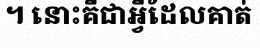
។ នោះគឺជាអ្វីដែលគាត់